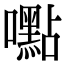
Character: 嚸